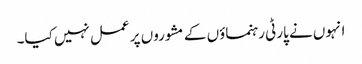
انہوں نے پارٹی رہنماؤں کے مشوروں پر عمل نہیں کیا۔